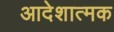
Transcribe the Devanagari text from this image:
आदेशात्‍मक